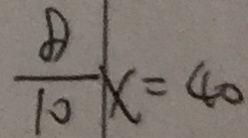
\frac { 8 } { 1 0 } x = 4 0